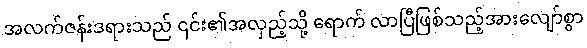
အလက်ဇန်းဒရားသည် ၎င်း၏အလှည့်သို့ ရောက် လာပြီဖြစ်သည့်အားလျော်စွာ